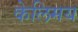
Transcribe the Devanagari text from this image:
केलिमय